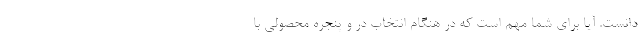
دانست. آیا برای شما مهم است که در هنگام انتخاب در و پنجره محصولی با